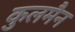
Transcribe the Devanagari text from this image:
कुलमैन